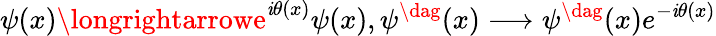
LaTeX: \psi(x)\longrightarrowe^{\mathit{i}\theta(x)}\psi(x),\psi^{\dag}(x)\longrightarrow\psi^{\dag}(x)e^{-\mathit{i}\theta(x)}